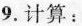
9.计算: